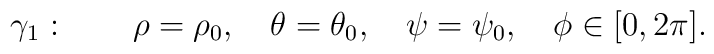
\gamma_1:\quad\quad \rho=\rho_0,\quad \theta=\theta_0, \quad\psi=\psi_0,\quad\phi\in[0,2\pi].